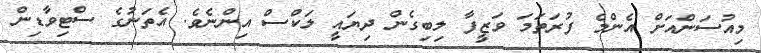
މިއުސަންއަށް އެންމެ ފުރަތަމަ ވަޒީފާ ލިބިގެން ދިޔައީ ލަކްސް އިންނެވެ. އެތަނުގެ ސްޓިވާޑިން